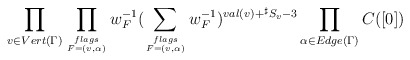
\begin{align*}\prod_{v\in Vert(\Gamma)}\prod_{{flags}\atop {F=(v,\alpha)}}w_{F}^{-1}(\sum_{{flags}\atop{F=(v,\alpha)}}w_{F}^{-1})^{val(v)+{}^{\sharp}S_{v}-3}\prod_{\alpha\in Edge(\Gamma)}C([0])\end{align*}